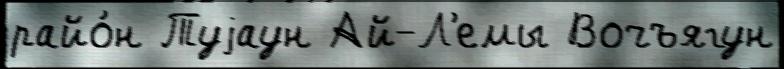
райо́н Туjаун Ай-Л'емы Вочъягун